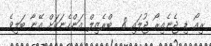
ރިއޯ ޑި ޖެނެއިރޯ ޖުލައި 8  ބްރެޒިލް އަންހެނަކަށް އޭނާ ބަލިވެ